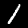
Label: 1